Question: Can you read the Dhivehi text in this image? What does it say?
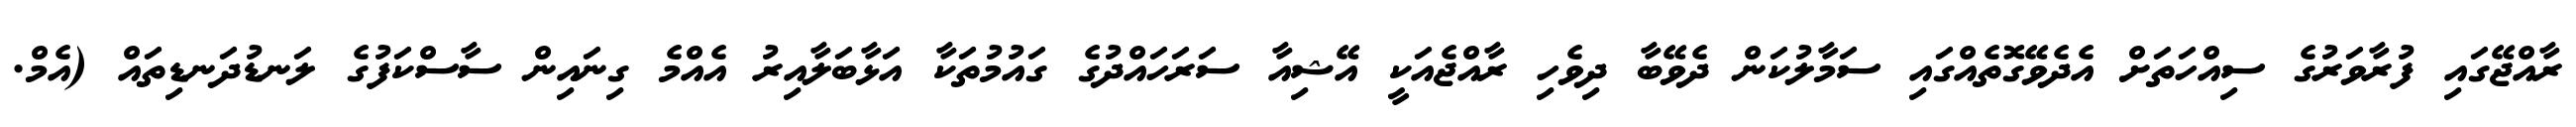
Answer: ރާއްޖޭގައި ފުރާވަރުގެ ސިއްހަތަށް އެދެވޭގޮތެއްގައި ސަމާލުކަން ދެވޭބާ ދިވެހި ރާއްޖެއަކީ އޭޝިއާ ސަރަހައްދުގެ ގައުމުތަކާ އަޅާބަލާއިރު އެއްމެ ގިނައިން ސާސްކަފުގެ ލަނޑުދަނޑިތައް (އެމް.